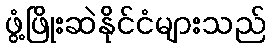
ဖွံ့ဖြိုးဆဲနိုင်ငံများသည်